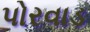
પોરવાડ